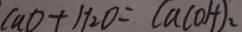
C u O + H _ { 2 } O = C a ( O H ) _ { 2 }